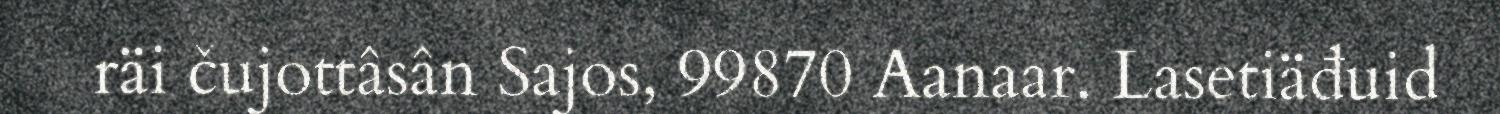
räi čujottâsân Sajos, 99870 Aanaar. Lasetiäđuid